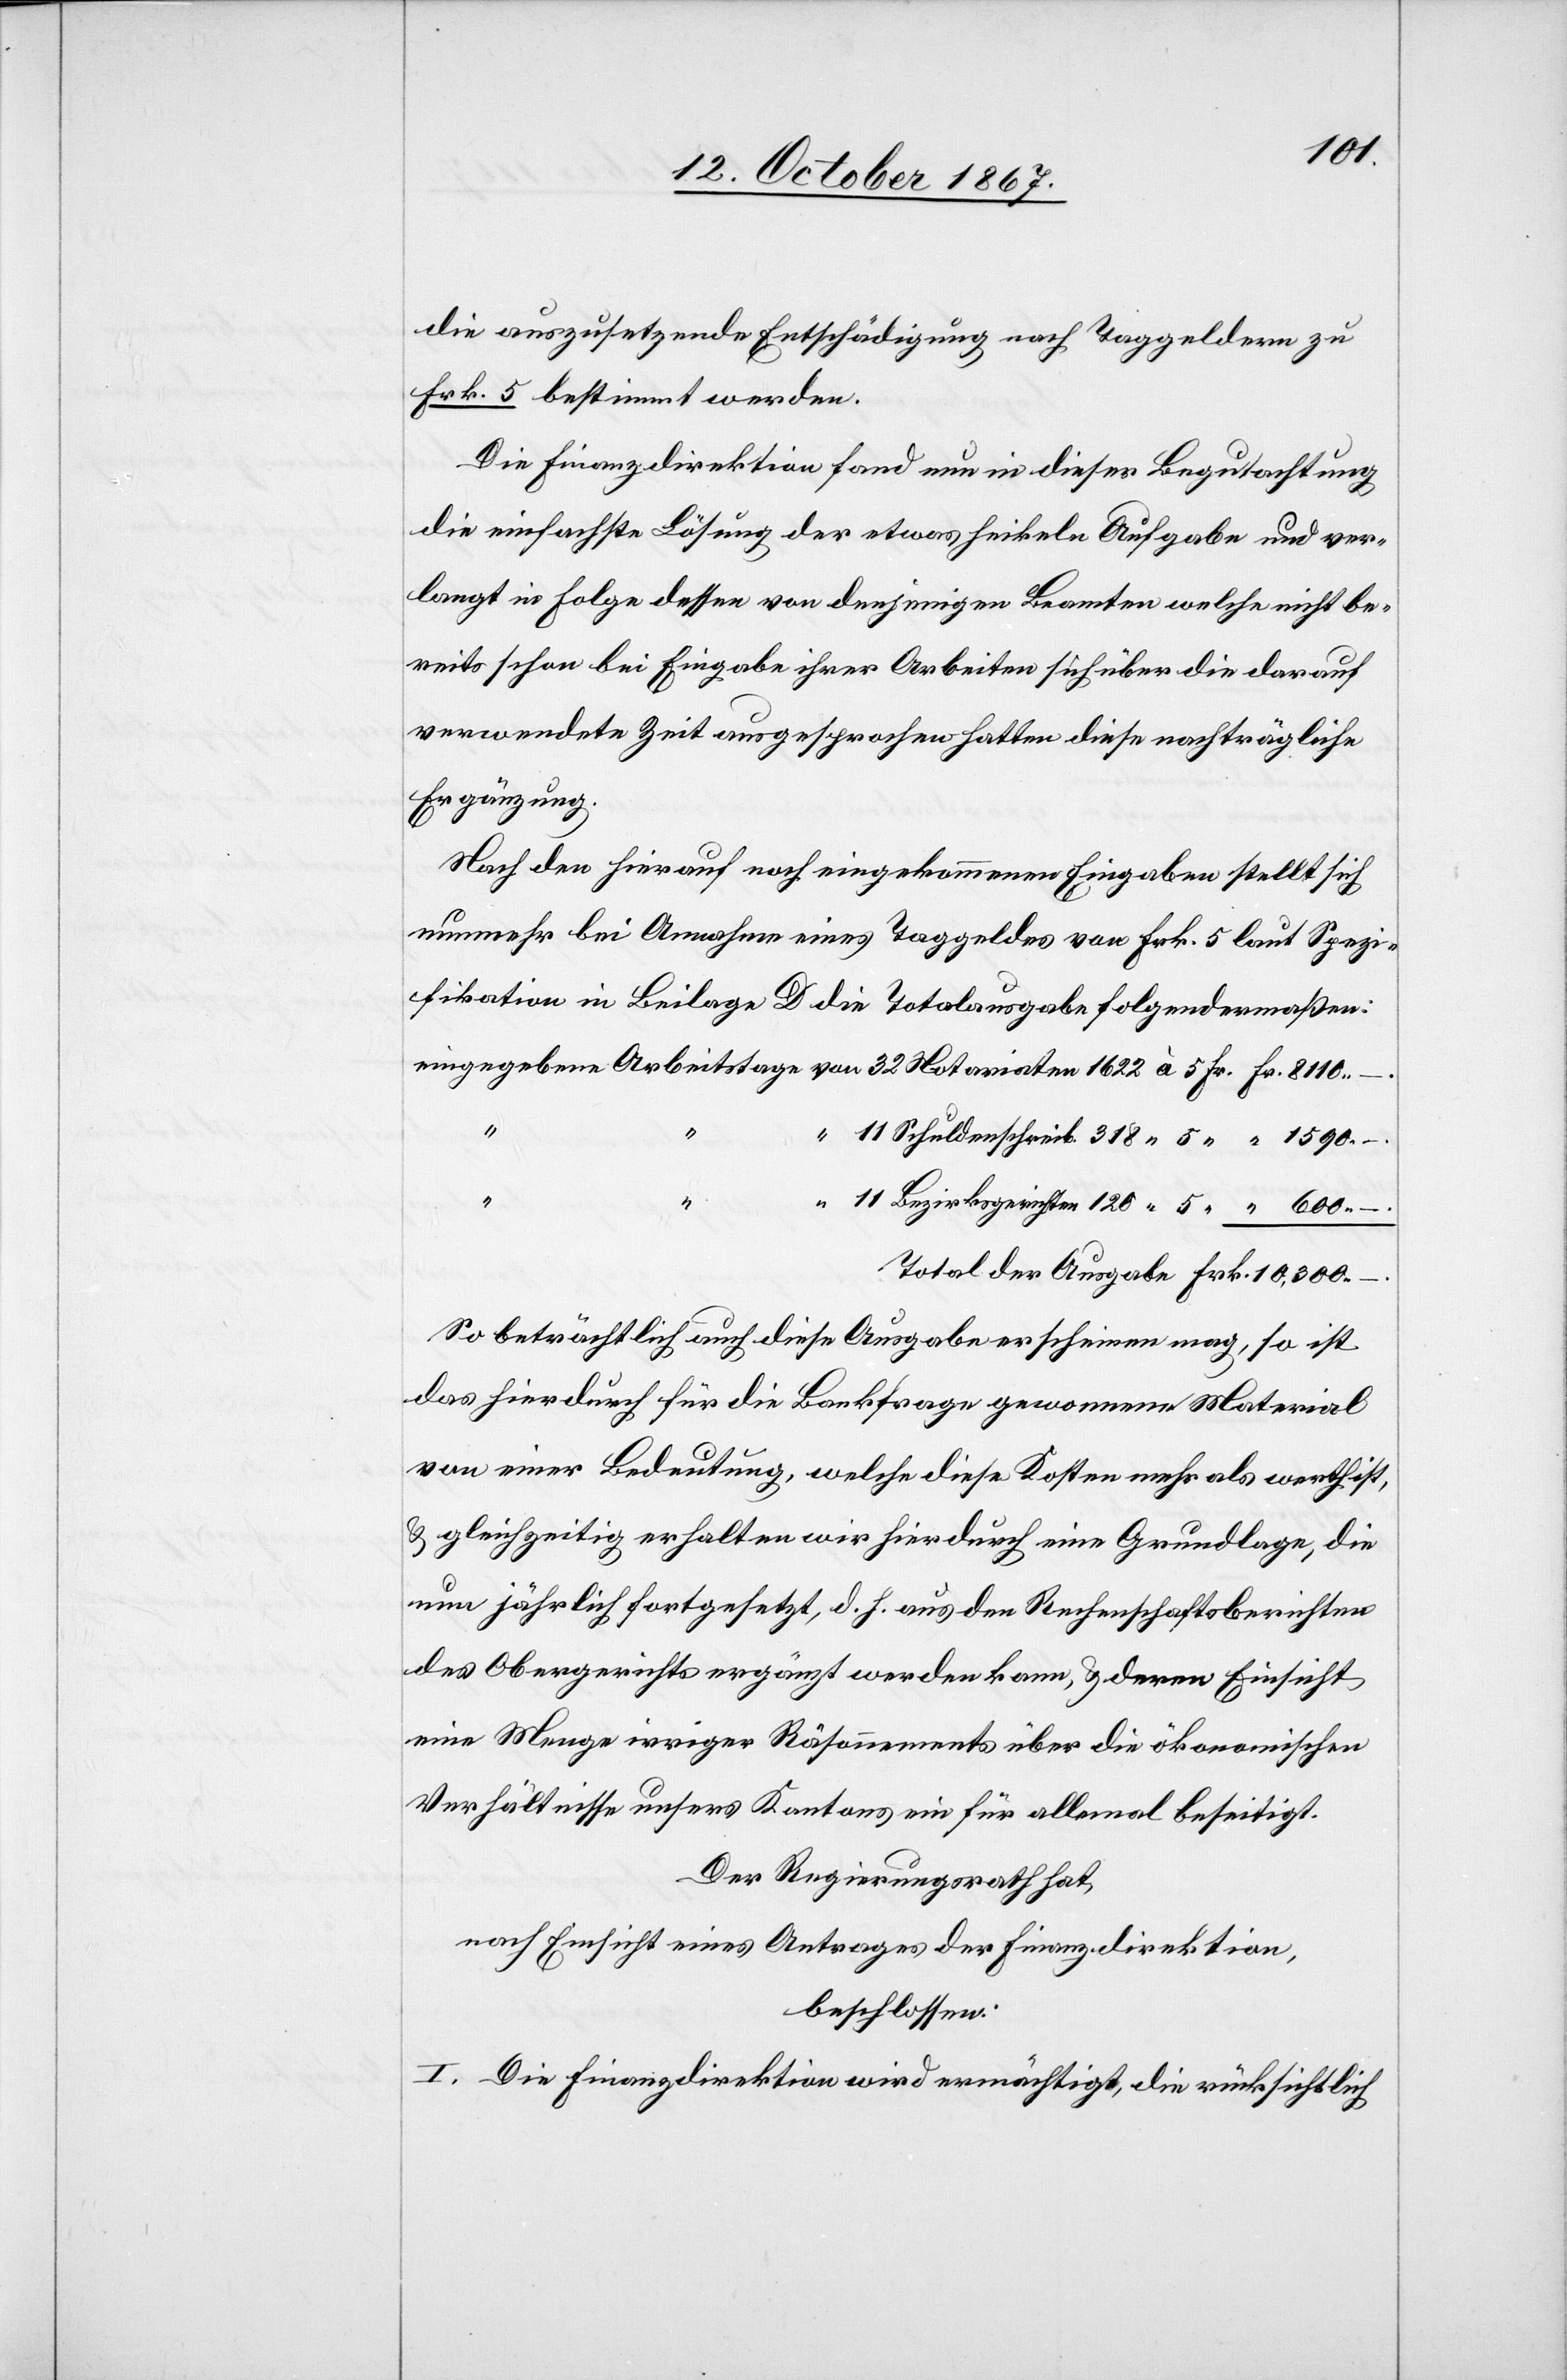
10
die auszusetzende Entschädigung nach Taggeldern zu
Frk. 5 bestimmt werden.
Die Finanzdirektion fand nun in dieser Begutachtung
die einfachste Lösung, der etwas heikeln Aufgabe und ver¬
langt in Folge dessen von denjenigen Beamten welche nicht be¬
reits schon bei Eingabe ihrer Arbeiten sich über die darauf
verwendete Zeit ausgesprochen hatten diese nachträgliche
Ergänzung.
Nach den hierauf noch eingekommenen Eingaben stellt sich
nunmehr bei Annahme eines Taggeldes von Frk. 5 laut Spezi¬
fikation in Beilage D die Totalausgabe folgendermaßen:
“
“
So beträchtlich auch diese Ausgabe erscheinen mag, so ist
das hierdurch für die Bankfrage gewonnene Material
von einer Bedeutung, welche diese Kosten mehr als werth ist,
u. gleichzeitig erhalten wir hierdurch eine Grundlage, die
nun jährlich fortgesetzt, d. h. aus den Rechenschaftsberichten
des Obergerichtes ergänzt werden kann, u. deren Einsicht
eine Menge irriger Räsonnements über die ökonomischen
Verhältnisse unsers Kantons ein für allemal beseitigt.
Der Regierungsrath hat,
nach Einsicht eines Antrages der Finanzdirektion,
beschlossen:
I. Die Finanzdirektion wird ermächtigt, die rücksichtlich